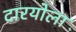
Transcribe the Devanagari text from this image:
दारयोला